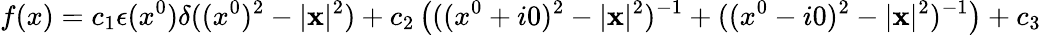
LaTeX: f(x)=c_{1}\epsilon(x^{0})\delta((x^{0})^{2}-|{\mathbf x}|^{2})+c_{2}\left(((x^{0}+i0)^{2}-|{\mathbf x}|^{2})^{-1}+((x^{0}-i0)^{2}-|{\mathbf x}|^{2})^{-1}\right)+c_{3}